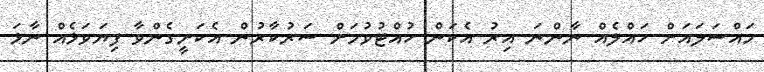
މައްސަލައަށް ހައްލެއް ނާންނަ އިރު އެކަން ހުއްޓުވުމަށް ސަރުކާރުން އެކަށީގެންވާ ފިޔަވަޅެއް ނާޅަ